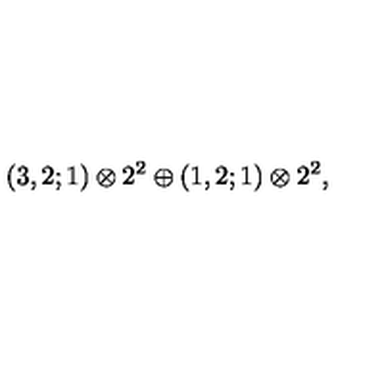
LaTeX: ( 3 , 2 ; 1 ) \otimes 2 ^ { 2 } \oplus ( 1 , 2 ; 1 ) \otimes 2 ^ { 2 } ,